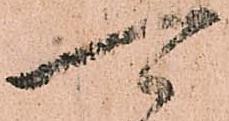
可